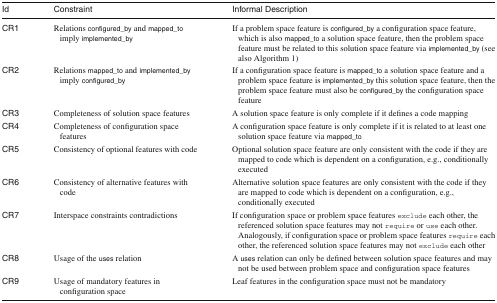
<table><thead><tr><td><b>Id</b></td><td><b>Constraint</b></td><td><b>Informal Description</b></td></tr></thead><tbody><tr><td>CR1</td><td>Relations configured_by and mapped_to imply implemented_by</td><td>If a problem space feature is configured_by a configuration space feature, which is also mapped_to a solution space feature, then the problem space feature must be related to this solution space feature via implemented_by (see also Algorithm 1)</td></tr><tr><td>CR2</td><td>Relations mapped_to and implemented_by imply configured_by</td><td>If a configuration space feature is mapped_to a solution space feature and a problem space feature is implemented_by this solution space feature, then the problem space feature must also be configured_by the configuration space feature</td></tr><tr><td>CR3</td><td>Completeness of solution space features</td><td>A solution space feature is only complete if it defines a code mapping</td></tr><tr><td>CR4</td><td>Completeness of configuration space features</td><td>A configuration space feature is only complete if it is related to at least one solution space feature via mapped_to</td></tr><tr><td>CR5</td><td>Consistency of optional features with code</td><td>Optional solution space feature are only consistent with the code if they are mapped to code which is dependent on a configuration, e.g., conditionally executed</td></tr><tr><td>CR6</td><td>Consistency of alternative features with code</td><td>Alternative solution space features are only consistent with the code if they are mapped to code which is dependent on a configuration, e.g., conditionally executed</td></tr><tr><td>CR7</td><td>Interspace constraints contradictions</td><td>If configuration space or problem space features exclude each other, the referenced solution space features may not require or use each other. Analogously, if configuration space or problem space features require each other, the referenced solution space features may not exclude each other</td></tr><tr><td>CR8</td><td>Usage of the uses relation</td><td>A uses relation can only be defined between solution space features and may not be used between problem space and configuration space features</td></tr><tr><td>CR9</td><td>Usage of mandatory features in configuration space</td><td>Leaf features in the configuration space must not be mandatory</td></tr></tbody></table>